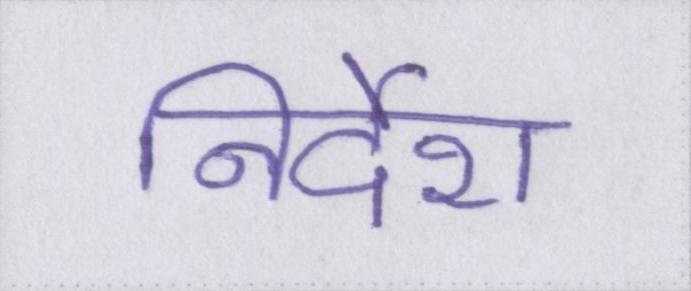
निर्देश